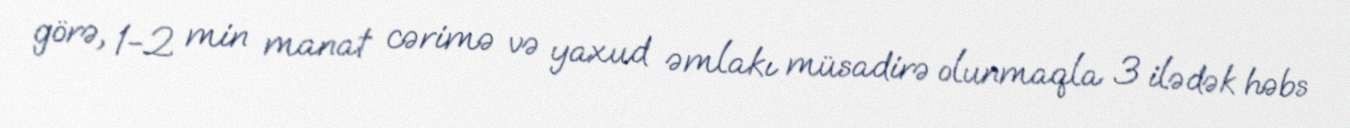
görə, 1-2 min manat cərimə və yaxud əmlakı müsadirə olunmaqla 3 ilədək həbs